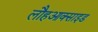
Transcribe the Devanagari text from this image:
लौहआक्साइड